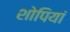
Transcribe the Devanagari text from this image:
शोपियां